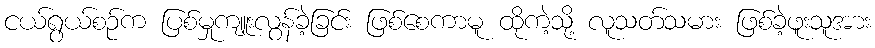
ငယ်ရွယ်စဉ်က ပြစ်မှုကျူးလွန်ခဲ့ခြင်း ဖြစ်စေကာမူ ထိုကဲ့သို့ လူသတ်သမား ဖြစ်ခဲ့ဖူးသူအား